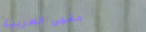
مقهى العربية